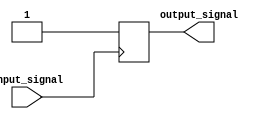
module voltage_level_shifter (
    input wire input_signal,
    output reg output_signal
);

// Detect input voltage level
always @(posedge input_signal)
begin
    if (input_signal)
        output_signal <= 1'b1; // Adjust output voltage level accordingly
    else
        output_signal <= 1'b0;
end

endmodule